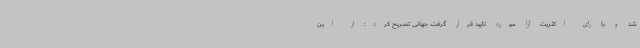
شد و با رای اکثریت آرا مورد تایید قرار گرفت. جهانی تصریح کرد: از این